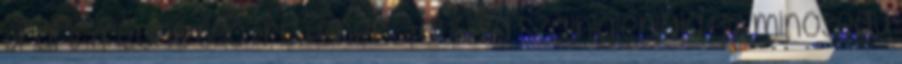
Oral-B TriZone 600 Pro Fehér . Javítsa szájhigiéniájátjó minőségű